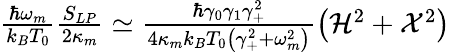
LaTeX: \begin{array}{r}{\frac{\hbar\omega_{m}}{k_{B}T_{0}}\frac{S_{LP}}{2\kappa_{m}}\simeq\frac{\hbar\gamma_{0}\gamma_{1}\gamma_{+}^{2}}{4\kappa_{m}k_{B}T_{0}\left(\gamma_{+}^{2}+\omega_{m}^{2}\right)}\left(\mathcal{H}^{2}+\mathcal{X}^{2}\right)}\end{array}